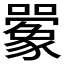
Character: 𫬰